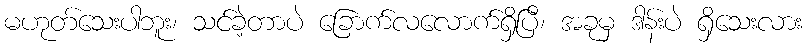
မဟုတ်သေးပါဘူး၊ သင်ခဲ့တာပဲ ခြောက်လလောက်ရှိပြီ၊ အခုမှ ဒါန်းပဲ ရှိသေးလား